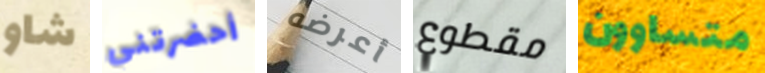
شاو أحضرتني أعرضه مقطوع متساوون